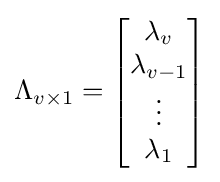
\Lambda _{v\times 1}={\begin{bmatrix}\lambda _{v}\\\lambda _{v-1}\\\vdots \\\lambda _{1}\end{bmatrix}}